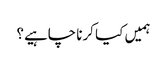
ہمیں کیا کرنا چاہیے؟